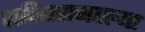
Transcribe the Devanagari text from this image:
पाकिस्तानतल्या